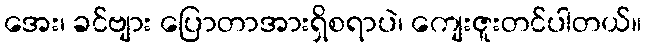
အေး၊ ခင်ဗျား ပြောတာအားရှိစရာပဲ၊ ကျေးဇူးတင်ပါတယ်။